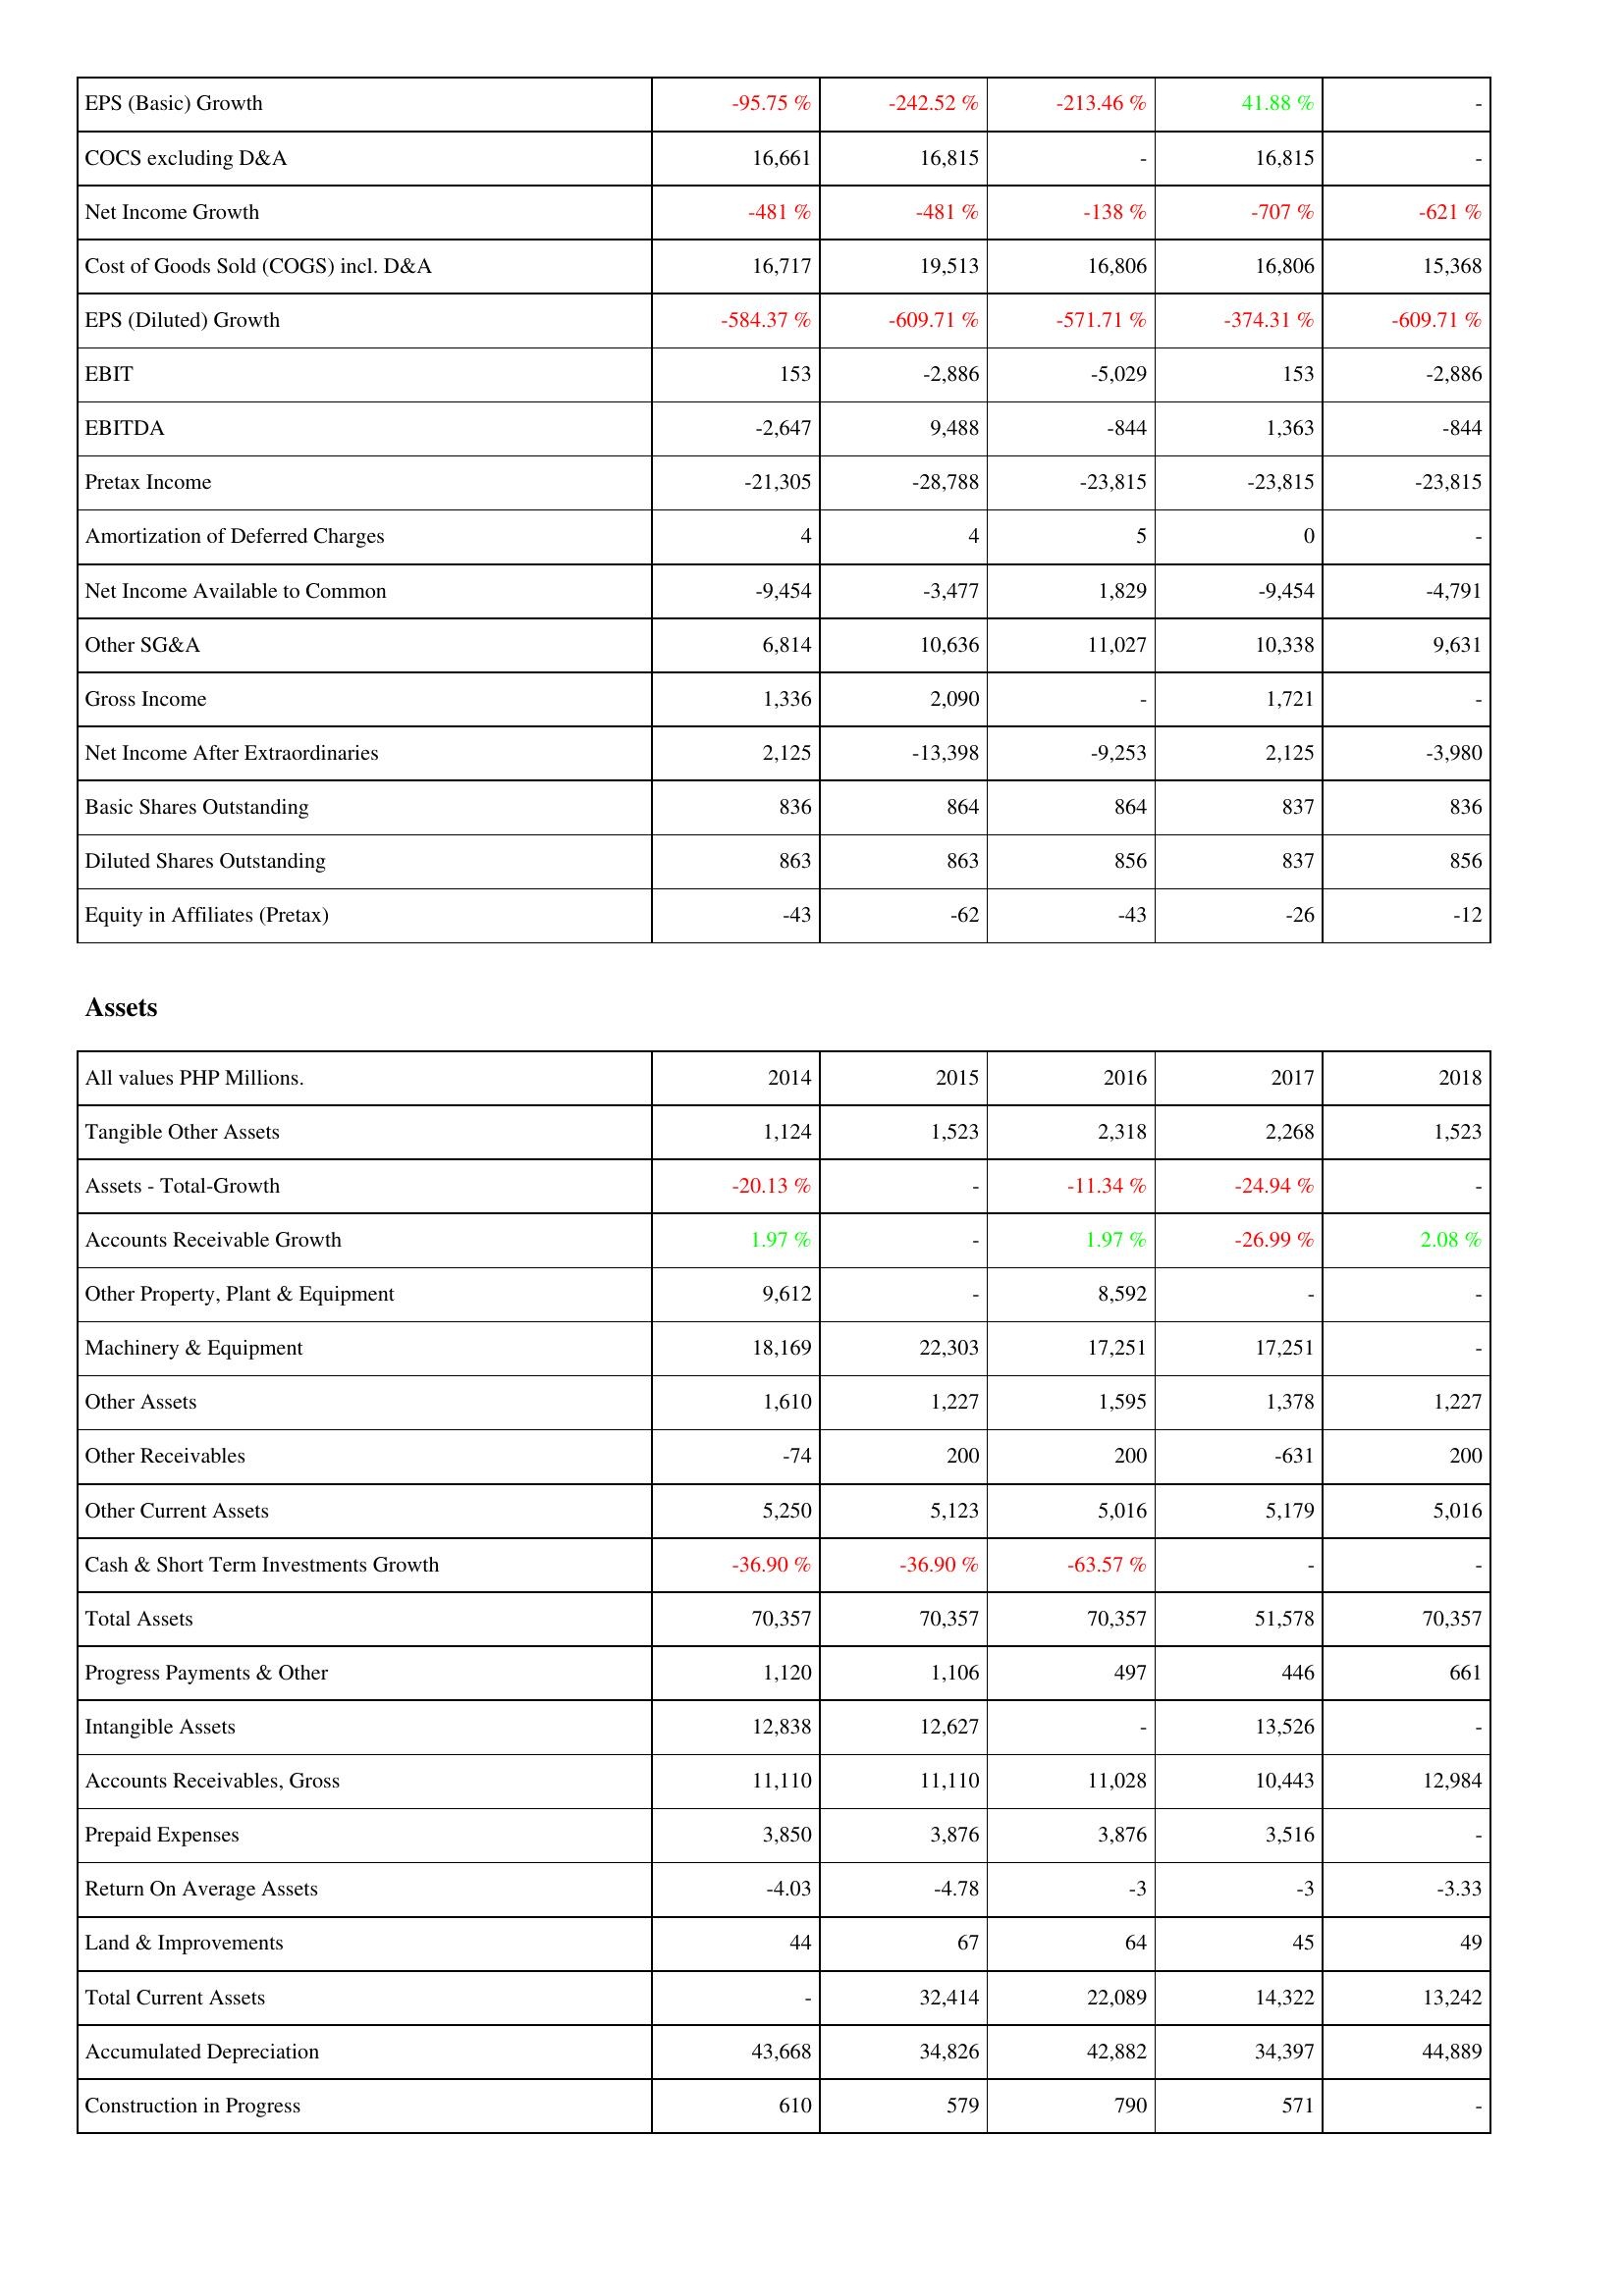
2014: Income Statement: EPS (Basic) Growth: -95.75 %
COCS excluding D&A: 16,661
Net Income Growth: -481 %
Cost of Goods Sold (COGS) incl. D&A: 16,717
EPS (Diluted) Growth: -584.37 %
EBIT: 153
EBITDA: -2,647
Pretax Income: -21,305
Amortization of Deferred Charges: 4
Net Income Available to Common: -9,454
Other SG&A: 6,814
Gross Income: 1,336
Net Income After Extraordinaries: 2,125
Basic Shares Outstanding: 836
Diluted Shares Outstanding: 863
Equity in Affiliates (Pretax): -43
Assets: Tangible Other Assets: 1,124
Assets - Total-Growth: -20.13 %
Accounts Receivable Growth: 1.97 %
Other Property, Plant & Equipment: 9,612
Machinery & Equipment: 18,169
Other Assets: 1,610
Other Receivables: -74
Other Current Assets: 5,250
Cash & Short Term Investments Growth: -36.90 %
Total Assets: 70,357
Progress Payments & Other: 1,120
Intangible Assets: 12,838
Accounts Receivables, Gross: 11,110
Prepaid Expenses: 3,850
Return On Average Assets: -4.03
Land & Improvements: 44
Total Current Assets: -
Accumulated Depreciation: 43,668
Construction in Progress: 610
2015: Income Statement: EPS (Basic) Growth: -242.52 %
COCS excluding D&A: 16,815
Net Income Growth: -481 %
Cost of Goods Sold (COGS) incl. D&A: 19,513
EPS (Diluted) Growth: -609.71 %
EBIT: -2,886
EBITDA: 9,488
Pretax Income: -28,788
Amortization of Deferred Charges: 4
Net Income Available to Common: -3,477
Other SG&A: 10,636
Gross Income: 2,090
Net Income After Extraordinaries: -13,398
Basic Shares Outstanding: 864
Diluted Shares Outstanding: 863
Equity in Affiliates (Pretax): -62
Assets: Tangible Other Assets: 1,523
Assets - Total-Growth: -
Accounts Receivable Growth: -
Other Property, Plant & Equipment: -
Machinery & Equipment: 22,303
Other Assets: 1,227
Other Receivables: 200
Other Current Assets: 5,123
Cash & Short Term Investments Growth: -36.90 %
Total Assets: 70,357
Progress Payments & Other: 1,106
Intangible Assets: 12,627
Accounts Receivables, Gross: 11,110
Prepaid Expenses: 3,876
Return On Average Assets: -4.78
Land & Improvements: 67
Total Current Assets: 32,414
Accumulated Depreciation: 34,826
Construction in Progress: 579
2016: Income Statement: EPS (Basic) Growth: -213.46 %
COCS excluding D&A: -
Net Income Growth: -138 %
Cost of Goods Sold (COGS) incl. D&A: 16,806
EPS (Diluted) Growth: -571.71 %
EBIT: -5,029
EBITDA: -844
Pretax Income: -23,815
Amortization of Deferred Charges: 5
Net Income Available to Common: 1,829
Other SG&A: 11,027
Gross Income: -
Net Income After Extraordinaries: -9,253
Basic Shares Outstanding: 864
Diluted Shares Outstanding: 856
Equity in Affiliates (Pretax): -43
Assets: Tangible Other Assets: 2,318
Assets - Total-Growth: -11.34 %
Accounts Receivable Growth: 1.97 %
Other Property, Plant & Equipment: 8,592
Machinery & Equipment: 17,251
Other Assets: 1,595
Other Receivables: 200
Other Current Assets: 5,016
Cash & Short Term Investments Growth: -63.57 %
Total Assets: 70,357
Progress Payments & Other: 497
Intangible Assets: -
Accounts Receivables, Gross: 11,028
Prepaid Expenses: 3,876
Return On Average Assets: -3
Land & Improvements: 64
Total Current Assets: 22,089
Accumulated Depreciation: 42,882
Construction in Progress: 790
2017: Income Statement: EPS (Basic) Growth: 41.88 %
COCS excluding D&A: 16,815
Net Income Growth: -707 %
Cost of Goods Sold (COGS) incl. D&A: 16,806
EPS (Diluted) Growth: -374.31 %
EBIT: 153
EBITDA: 1,363
Pretax Income: -23,815
Amortization of Deferred Charges: 0
Net Income Available to Common: -9,454
Other SG&A: 10,338
Gross Income: 1,721
Net Income After Extraordinaries: 2,125
Basic Shares Outstanding: 837
Diluted Shares Outstanding: 837
Equity in Affiliates (Pretax): -26
Assets: Tangible Other Assets: 2,268
Assets - Total-Growth: -24.94 %
Accounts Receivable Growth: -26.99 %
Other Property, Plant & Equipment: -
Machinery & Equipment: 17,251
Other Assets: 1,378
Other Receivables: -631
Other Current Assets: 5,179
Cash & Short Term Investments Growth: -
Total Assets: 51,578
Progress Payments & Other: 446
Intangible Assets: 13,526
Accounts Receivables, Gross: 10,443
Prepaid Expenses: 3,516
Return On Average Assets: -3
Land & Improvements: 45
Total Current Assets: 14,322
Accumulated Depreciation: 34,397
Construction in Progress: 571
2018: Income Statement: EPS (Basic) Growth: -
COCS excluding D&A: -
Net Income Growth: -621 %
Cost of Goods Sold (COGS) incl. D&A: 15,368
EPS (Diluted) Growth: -609.71 %
EBIT: -2,886
EBITDA: -844
Pretax Income: -23,815
Amortization of Deferred Charges: -
Net Income Available to Common: -4,791
Other SG&A: 9,631
Gross Income: -
Net Income After Extraordinaries: -3,980
Basic Shares Outstanding: 836
Diluted Shares Outstanding: 856
Equity in Affiliates (Pretax): -12
Assets: Tangible Other Assets: 1,523
Assets - Total-Growth: -
Accounts Receivable Growth: 2.08 %
Other Property, Plant & Equipment: -
Machinery & Equipment: -
Other Assets: 1,227
Other Receivables: 200
Other Current Assets: 5,016
Cash & Short Term Investments Growth: -
Total Assets: 70,357
Progress Payments & Other: 661
Intangible Assets: -
Accounts Receivables, Gross: 12,984
Prepaid Expenses: -
Return On Average Assets: -3.33
Land & Improvements: 49
Total Current Assets: 13,242
Accumulated Depreciation: 44,889
Construction in Progress: -